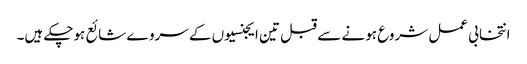
انتخابی عمل شروع ہونے سے قبل تین ایجنسیوں کے سروے شائع ہوچکے ہیں۔